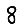
Digit: 8